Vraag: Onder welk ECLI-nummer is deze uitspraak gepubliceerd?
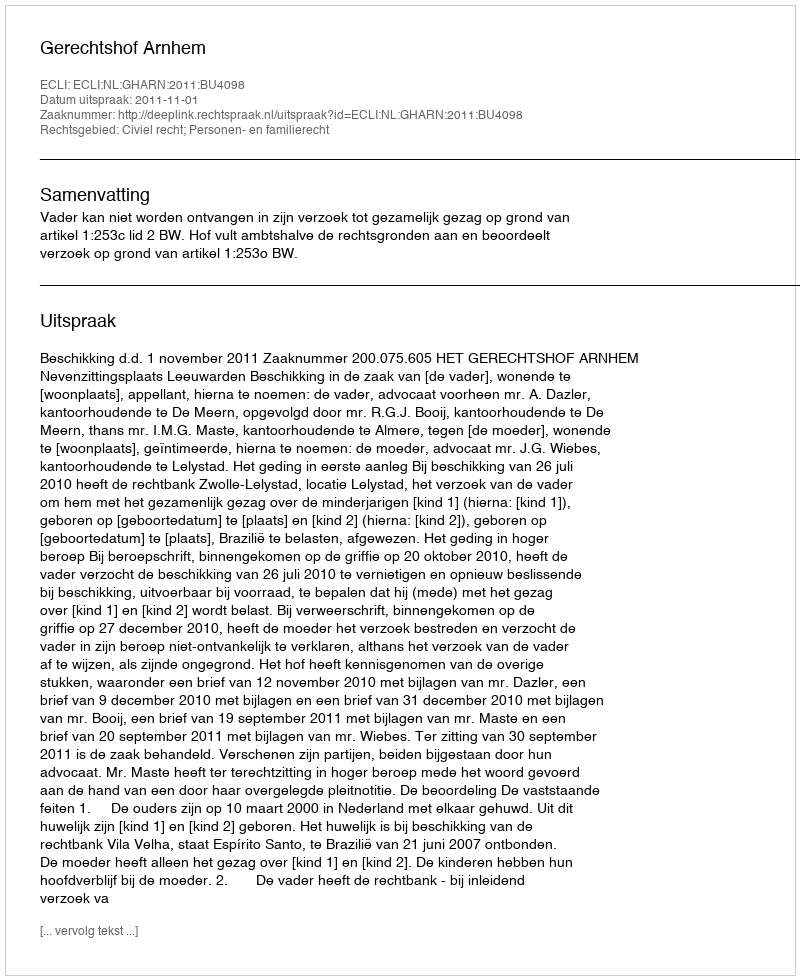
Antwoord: ECLI:NL:GHARN:2011:BU4098